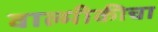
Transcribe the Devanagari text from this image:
वाल्मीकीचा